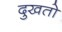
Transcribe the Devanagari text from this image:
दुखतो